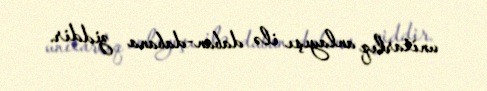
unitarlıq anlayışı ilə daban-dabana ziddir.